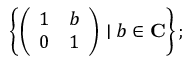
\left\{ { \left( \begin{array} { l l } { 1 } & { b } \\ { 0 } & { 1 } \end{array} \right) } \mid b \in \mathbf { C } \right\} ;